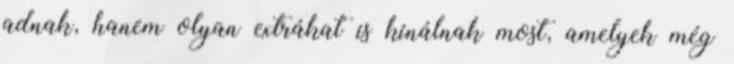
adnak, hanem olyan extrákat is kínálnak most, amelyek még